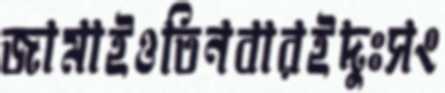
জামাইওতিনবারইদুঃসং